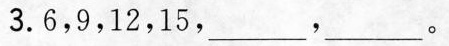
3.6，9，12，15，___，___。